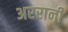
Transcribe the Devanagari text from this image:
अररानी